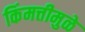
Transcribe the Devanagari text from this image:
किंमत्तीमुळे